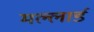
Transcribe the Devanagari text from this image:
मल्लार्ड